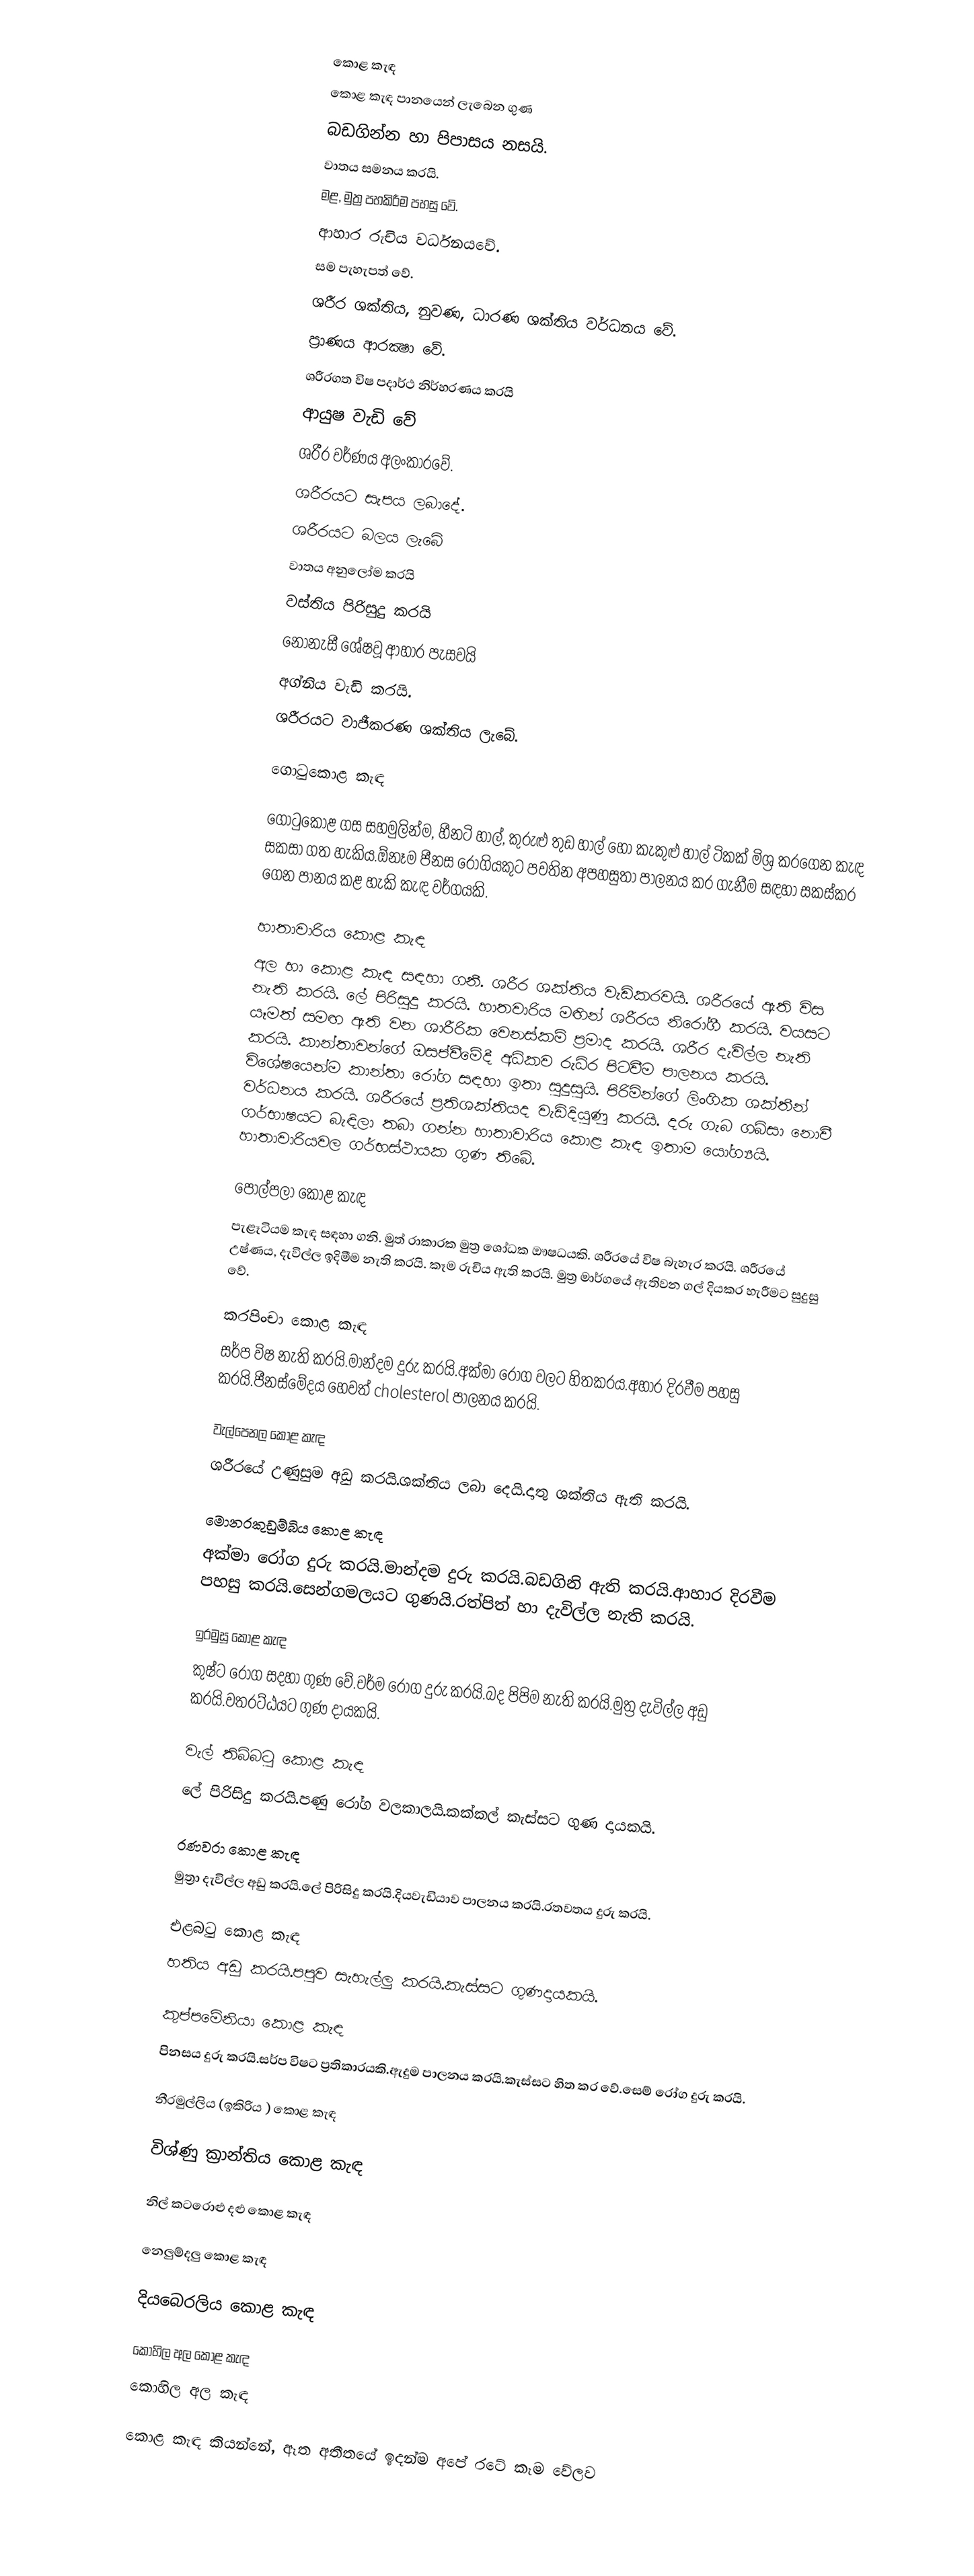

කොළ කැඳ
කොළ කැඳ පානයෙන් ලැබෙන ගුණ
 බඩගින්න හා පිපාසය නසයි.
 වාතය සමනය කරයි.
 මළ, මුත්‍ර පහකිරීම පහසු වේ.
 ආහාර රුචිය වර්ධනයවේ.
 සම පැහැපත් වේ.
 ශරීර ශක්‌තිය, නුවණ, ධාරණ ශක්‌තිය වර්ධනය වේ.
 ප්‍රාණය ආරක්‍ෂා වේ.
 ශරීරගත විෂ පදාර්ථ නිර්හරණය කරයි
 ආයුෂ වැඩි වේ
 ශරීර වර්ණය අලංකාරවේ.
 ශරීරයට සැපය ලබාදේ.
 ශරීරයට බලය ලැබේ
 වාතය අනුලෝම කරයි
 වස්තිය පිරිසුදු කරයි
 නොනැසී ශේෂවූ ආහාර පැසවයි
 අග්නිය වැඩි කරයි.
 ශරීරයට වාජීකරණ ශක්තිය ලැබේ.

ගොටුකොළ කැඳ

ගොටුකොළ ගස සහමුලින්ම, හීනටි හාල්, කුරුළු තුඩ හාල් හෝ කැකුළු හාල් ටිකක්‌ මිශ්‍ර කරගෙන කැඳ සකසා ගත හැකිය.ඕනෑම පීනස රෝගියකුට පවතින අපහසුතා පාලනය කර ගැනීම සඳහා සකස්‌කර ගෙන පානය කළ හැකි කැඳ වර්ගයකි.

හාතාවාරිය කොළ කැඳ
අල හා කොළ කැඳ සඳහා ගනී. ශරීර ශක්තිය වැඩිකරවයි. ශරීරයේ ඇති විස නැති කරයි. ලේ පිරිසුදු කරයි. හාතවාරිය මඟින් ශරීරය නිරෝගී කරයි. වයසට යෑමත් සමඟ ඇති වන ශාරීරික වෙනස්කම් ප්‍රමාද කරයි. ශරීර දැවිල්ල නැති කරයි. කාන්තාවන්ගේ ඔසප්වීමේදී අධිකව රුධිර පිටවීම පාලනය කරයි. විශේෂයෙන්ම කාන්තා රෝග සඳහා ඉතා සුදුසුයි. පිරිමින්ගේ ලිංගික ශක්තීන් වර්ධනය කරයි. ශරීරයේ ප්‍රතිශක්තියද වැඩිදියුණු කරයි. දරු ගැබ ගබ්සා නොවී ගර්භාෂයට බැඳිලා තබා ගන්න හාතාවාරිය කොළ කැඳ ඉතාම යෝග්‍යයි. හාතාවාරියවල ගර්භස්ථායක ගුණ තිබේ.

පොල්පලා කොළ කැඳ
පැළෑටියම කැඳ සඳහා ගනි. මුත්‍ රාකාරක මුත්‍ර ශෝධක  ඖෂධයකි. ශරීරයේ විෂ බැහැර කරයි. ශරීරයේ උෂ්ණය, දැවිල්ල ඉදිමීම නැති කරයි. කෑම රුචිය ඇති කරයි. මුත්‍ර මාර්ගයේ ඇතිවන ගල් දියකර හැරීමට සුදුසු වේ.

කරපිංචා කොළ කැඳ
සර්ප විෂ නැති කරයි.මාන්දම දුරු කරයි.අක්මා රෝග වලට හිතකරය.අහාර දිරවීම පහසු කරයි.පීනස්මේදය හෙවත් cholesterol පාලනය කරයි.

වැල්පෙනල කොළ කැඳ
ශරීරයේ උණුසුම අඩු කරයි.ශක්තිය ලබා දෙයි.දාතු ශක්තිය ඇති කරයි.

මොනරකුඩුම්බිය කොළ කැඳ
අක්මා රෝග දුරු කරයි.මාන්දම දුරු කරයි.බඩගිනි ඇති කරයි.ආහාර දිරවීම පහසු කරයි.සෙන්ගමලයට ගුණයි.රත්පිත් හා දැවිල්ල නැති කරයි.

ඉරමුසු කොළ කැඳ
කුෂ්ට රෝග සදහා ගුණ වේ.චර්ම රෝග දුරු කරයි.බද පිපිම නැති කරයි.මුත්‍ර දැවිල්ල අඩු කරයි.වතරට්ඨයට ගුණ දායකයි.

වැල් තිබ්බටු  කොළ කැඳ
ලේ පිරිසිදු කරයි.පණු රෝග වලකාලයි.කක්කල් කැස්සට ගුණ දායකයි.

රණවරා කොළ කැඳ
මුත්‍රා දැවිල්ල අඩු කරයි.ලේ පිරිසිදු කරයි.දියවැඩියාව පාලනය කරයි.රතවතය දුරු කරයි.

එළබටු කොළ කැඳ
හතිය අඩු කරයි.පපුව සැහැල්ලු කරයි.කැස්සට ගුණදායකයි.

කුප්පමේනියා කොළ කැඳ
පිනසය දුරු කරයි.සර්ප විෂට ප්‍රතිකාරයකි.ඇදුම පාලනය කරයි.කැස්සට හිත කර වේ.සෙම් රෝග දුරු කරයි.

නීරමුල්ලිය (ඉකිරිය ) කොළ කැඳ

විශ්ණු ක්‍රාන්තිය කොළ කැඳ

නිල් කටරොළු දළු කොළ කැඳ

නෙලුම්දලු කොළ කැඳ

දියබෙරලිය  කොළ කැඳ

කොහිල අල කොළ කැඳ
කොහිල අල කැඳ

කොළ කැඳ කියන්නේ, ඈත අතීතයේ ඉදන්ම අපේ රටේ කෑම වේලව